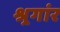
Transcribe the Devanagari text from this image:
श्र्रगांर